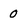
Character: 0